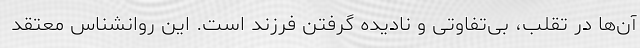
آن‌ها در تقلب، بی‌تفاوتی و نادیده گرفتن فرزند است. این روانشناس معتقد